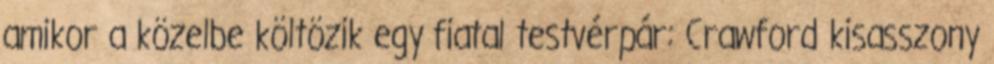
amikor a közelbe költözik egy fiatal testvérpár: Crawford kisasszony